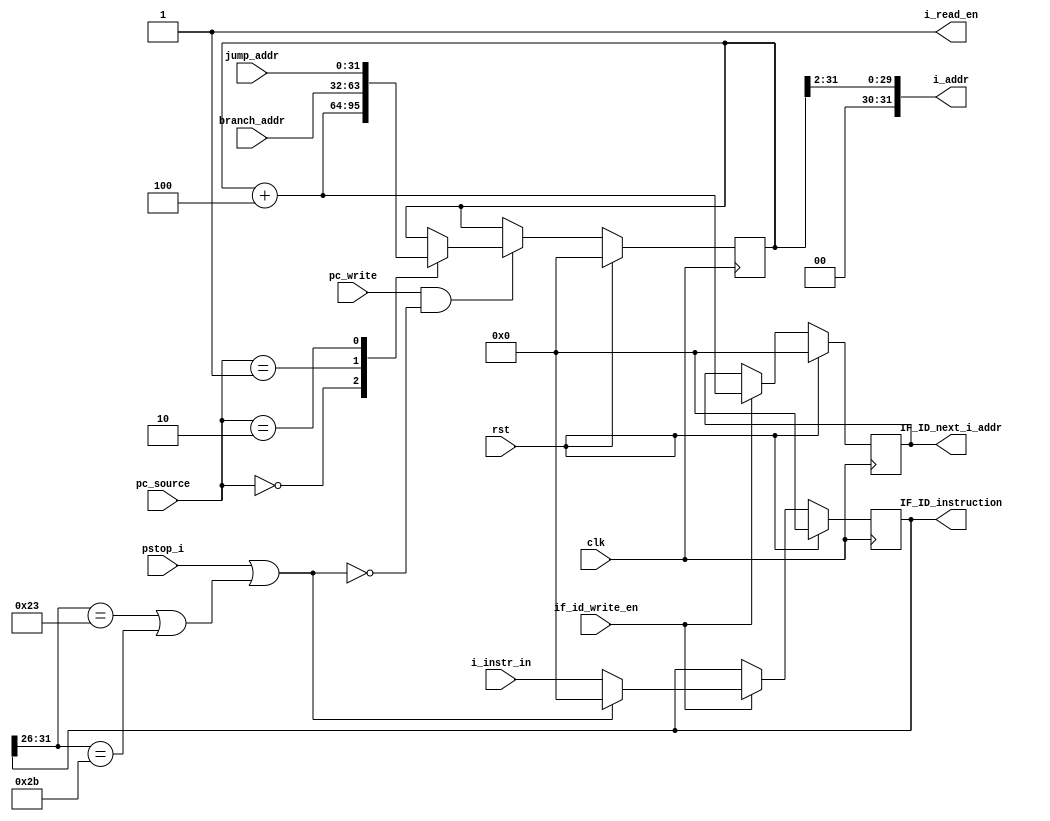
module if_stage( input             clk, rst,
                 input             if_id_write_en,
                 input             pc_write,
                 input      [1:0]  pc_source,
                 
                 input pstop_i,
                
                 output            i_read_en,
                 output     [31:0] i_addr,
 
                 input      [31:0] i_instr_in, 
                 input      [31:0] jump_addr, branch_addr,
                 
                 output reg [31:0] IF_ID_next_i_addr,
                 output reg [31:0] IF_ID_instruction );


     reg  [31:0] pc_reg, pc_next; // Program counter (PC)
     wire [31:0] next_i_addr;
     
     localparam     LW  = 6'b100011, 
                    SW  = 6'b101011;
     
     wire mem_op = (IF_ID_instruction[31:26] == LW) || (IF_ID_instruction[31:26] == SW);
   
     //logic
     assign next_i_addr = pc_reg + 4;
     assign i_read_en   = 1;
     assign i_addr      = pc_reg >> 2;
      
     always @* begin
          pc_next = pc_reg;
        
          case (pc_source)
               2'b00: pc_next = next_i_addr;
               2'b01: pc_next = branch_addr;
               2'b10: pc_next = jump_addr;                   
          endcase
     end
   
     always @(posedge clk) begin
          if (rst)
               pc_reg <= 0;        
          else begin
               if (pc_write && !(pstop_i || mem_op))
                    pc_reg <= pc_next;             
          end        
     end

     //IF/ID Pipeline register
     always @(posedge clk) begin
          if (rst) begin
               IF_ID_next_i_addr <= 0;
               IF_ID_instruction <= 0;           
          end
          else begin
               if ( if_id_write_en) begin
                    IF_ID_next_i_addr <= next_i_addr;
                    IF_ID_instruction <= !(pstop_i || mem_op)? i_instr_in: 0;
               end
          end
     end
  
endmodule